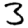
Digit: 3